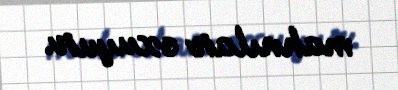
mahnılar oxuyur.